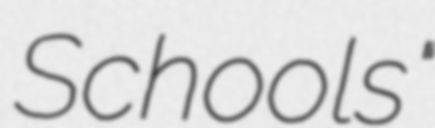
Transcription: Schools"